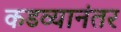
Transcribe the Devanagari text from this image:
कडव्यानंतर